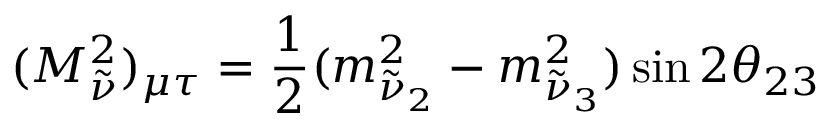
( M _ { \tilde { \nu } } ^ { 2 } ) _ { \mu \tau } = \frac { 1 } { 2 } ( m _ { \tilde { \nu } _ { 2 } } ^ { 2 } - m _ { \tilde { \nu } _ { 3 } } ^ { 2 } ) \sin 2 \theta _ { 2 3 }